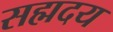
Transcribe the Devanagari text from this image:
सह्मदय